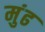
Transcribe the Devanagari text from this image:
मुंढ